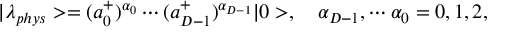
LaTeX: | \lambda _ { p h y s } > = ( a _ { 0 } ^ { + } ) ^ { \alpha _ { 0 } } \cdots ( a _ { D - 1 } ^ { + } ) ^ { \alpha _ { D - 1 } } | 0 > , \ \ \ \alpha _ { D - 1 } , \cdots \alpha _ { 0 } = 0 , 1 , 2 ,